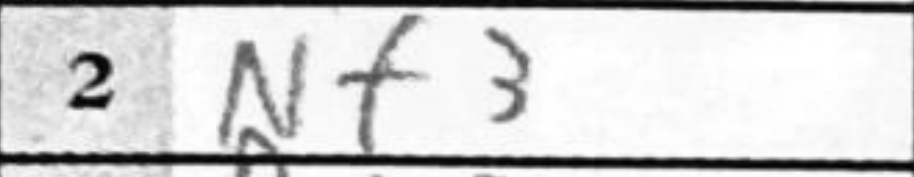
Transcription: Nf3